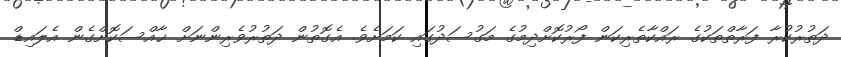
ދަތުރުކުރާ ފަރާތްތަކުގެ ރައްކާތެރިކަން ފޯރުކޮށްދިމުގެ މަގުސަދުގައި ކަމަށެވެ. އެގޮތުން ދަތުރުވެރިންނަށް ޚާއްސަކޮށްގެން އެލައިޑް